Vaccination in Bombay 1856-1862 - 1856-1862
Year: 1856
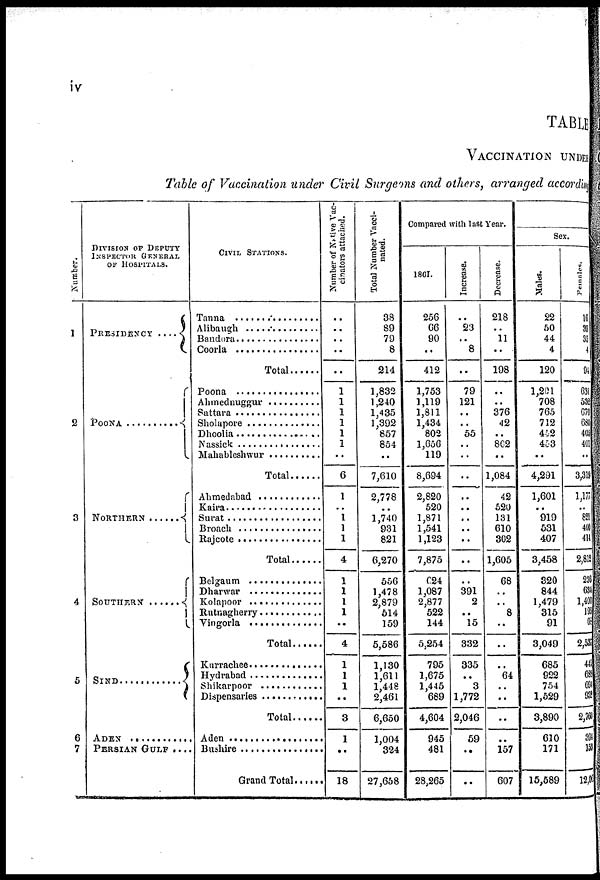
iv
TABLE
VACCINATION UNDER
Table of Vaccination under Civil Surgeons and others, arranged according
Number.
1
2
3
4
5
6
7
DIVISION OF DEPUTY
INSPECTOR GENERAL
OF HOSPITALS.
PRESIDENCY ....
POONA ............
NORTHERN ........
SOUTHERN
SIND ...............
ADEN .............
PERSIAN GULF ....
CIVIL STATIONS.
Tanna ............
Alibaugh
Bandora ...............
Coorla ..............
Total
Poona ..................
Ahmednuggur ........
Sattara ...............
Sholapore ..............
Dhoolia ..................
Nassick .................
Mahableshwur .........
Total .......
Ahmedabad ..........
Kaira .............
Surat ...................
Broach ..............
Rajcote .............
Total .........
Belgaum ..........
Dharwar ...........
Kolapoor ..........
Rutnagherry ...........
Vingorla
Total .......
Kurrachee ..............
Hydrabad ............
Shikarpoor .........
Dispensaries ...........
Total ........
Aden ...........
Bushire
Grand Total .......
Number of Native Vac-
cinators attached.
..
..
..
..
..
1
1
1
1
1
1
..
6
1
..
1
1
1
4
1
1
1
1
..
4
1
1
1
..
3
1
..
18
Total Number Vacci¬
nated.
38
89
79
8
214
1,832
1,240
1,435
1,392
857
854
..
7,610
2,778
..
1,740
931
821
6,270
556
1,478
2,879
514
159
5,586
1,130
1,611
1,448
2,461
6,650
1,004
324
27,658
Compared with last Year.
1801.
256
66
90
..
412
1,753
1,119
1,811
1,434
802
1,656
119
8,694
2,820
520
1,871
1,541
1,123
7,875
624
1,087
2,877
522
144
5,254
795
1,675
1,445
689
4,604
945
481
28,265
Increase.
..
23
..
8
..
79
121
..
..
55
..
..
..
..
..
..
..
..
..
..
391
2
..
15
332
335
..
3
1,772
2,046
59
..
..
Decrease.
218
..
11
..
198
..
..
376
42
..
862
..
1,084
42
520
131
610
302
1,605
68
..
..
8
..
..
..
64
..
..
..
..
157
607
Sex.
Males.
22
50
44
4
120
1,201
708
765
712
452
453
..
4,291
1,601
..
919
531
407
3,458
320
844
1,479
315
91
3,049
685
922
754
1,529
3,890
610
171
15,589
Females.
16
39
35
4
94
631
532
670
680
405
401
..
3,319
1,177
..
821
400
414
2,812
236
634
1,400
193
68
2,537
445
688
694
93
2,760
394
153
12,063